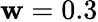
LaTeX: \mathbf{w}=0.3